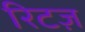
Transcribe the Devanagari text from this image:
रिटज़